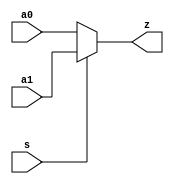
module mux2_9 (
   z,
   a0, a1, s
   );
  input a0;
  input a1;
  input s;
  output z;
  parameter DELAY = 1;
  assign #DELAY z = s ? a1 : a0;
endmodule